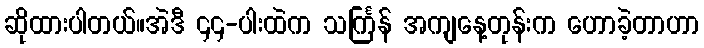
ဆိုထားပါတယ်။အဲဒီ ၄၄-ပါးထဲက သင်္ကြန် အကျနေ့တုန်းက ဟောခဲ့တာဟာ